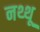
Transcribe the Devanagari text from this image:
नथ्थू